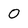
Character: 0